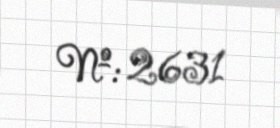
№: 2631